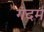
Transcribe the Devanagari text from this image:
गंदम